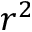
r ^ { 2 }